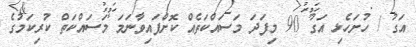
އަގު / ހުށަހެޅި އަގު 90 މިފަދަ މަސައްކަތެއް ކޮށްފައިވާނަމަ މަސައްކަތް ކުރިކަމުގެ